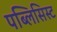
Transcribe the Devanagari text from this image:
पब्लिसिस्ट